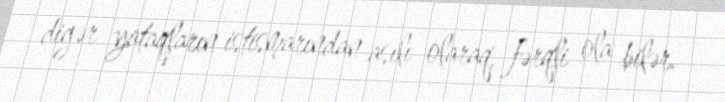
digər yataqların istismarından asılı olaraq, fərqli ola bilər.